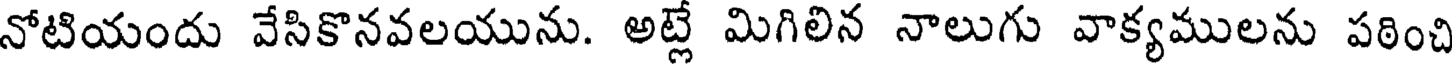
నోటియందు వేసికొనవలయును. అట్లే మిగిలిన నాలుగు వాక్యములను పఠించి